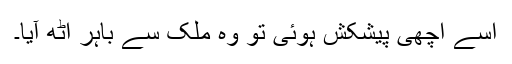
اسے اچھی پیشکش ہوئی تو وہ ملک سے باہر اٹھ آیا۔